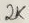
Text: 2K